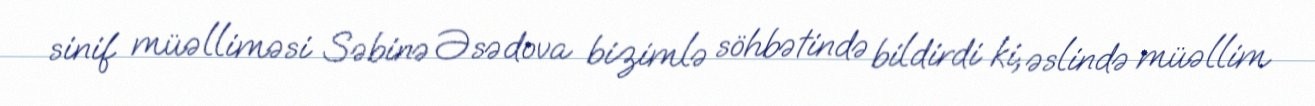
sinif müəlliməsi Səbinə Əsədova bizimlə söhbətində bildirdi ki, əslində müəllim